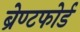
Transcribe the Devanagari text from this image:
ब्रेण्टफोर्ड